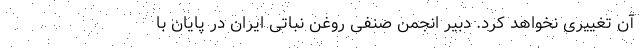
آن تغییری نخواهد کرد. دبیر انجمن صنفی روغن نباتی ایران در پایان با